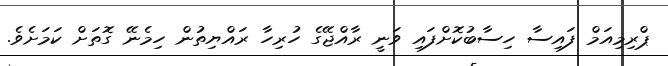
ޕްރިމިއަމް ފައިސާ ހިސާބުކޮށްފައި ވަނީ ރާއްޖޭގެ ހުރިހާ ރައްޔިތުން ހިމެނޭ ގޮތަށް ކަމަށެވެ.